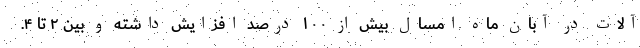
آلات در آبان ماه امسال بیش از ۱۰۰ درصد افزایش داشته و بین ۲ تا ۴.